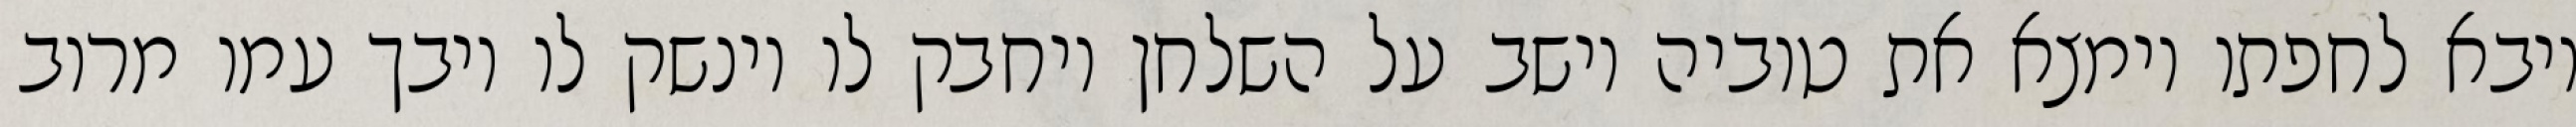
ויבא לחפתו וימצא את טוביה יושב על השלחן ויחבק לו וינשק לו ויבך עמו מרוב